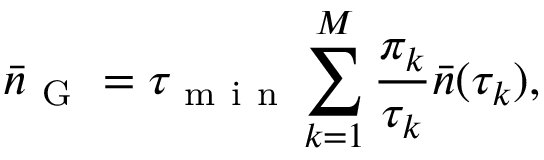
\bar { n } _ { \mathrm { ~ G ~ } } = \tau _ { \mathrm { ~ m ~ i ~ n ~ } } \sum _ { k = 1 } ^ { M } \frac { \pi _ { k } } { \tau _ { k } } \bar { n } ( \tau _ { k } ) ,